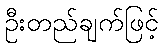
ဦးတည်ချက်ဖြင့်